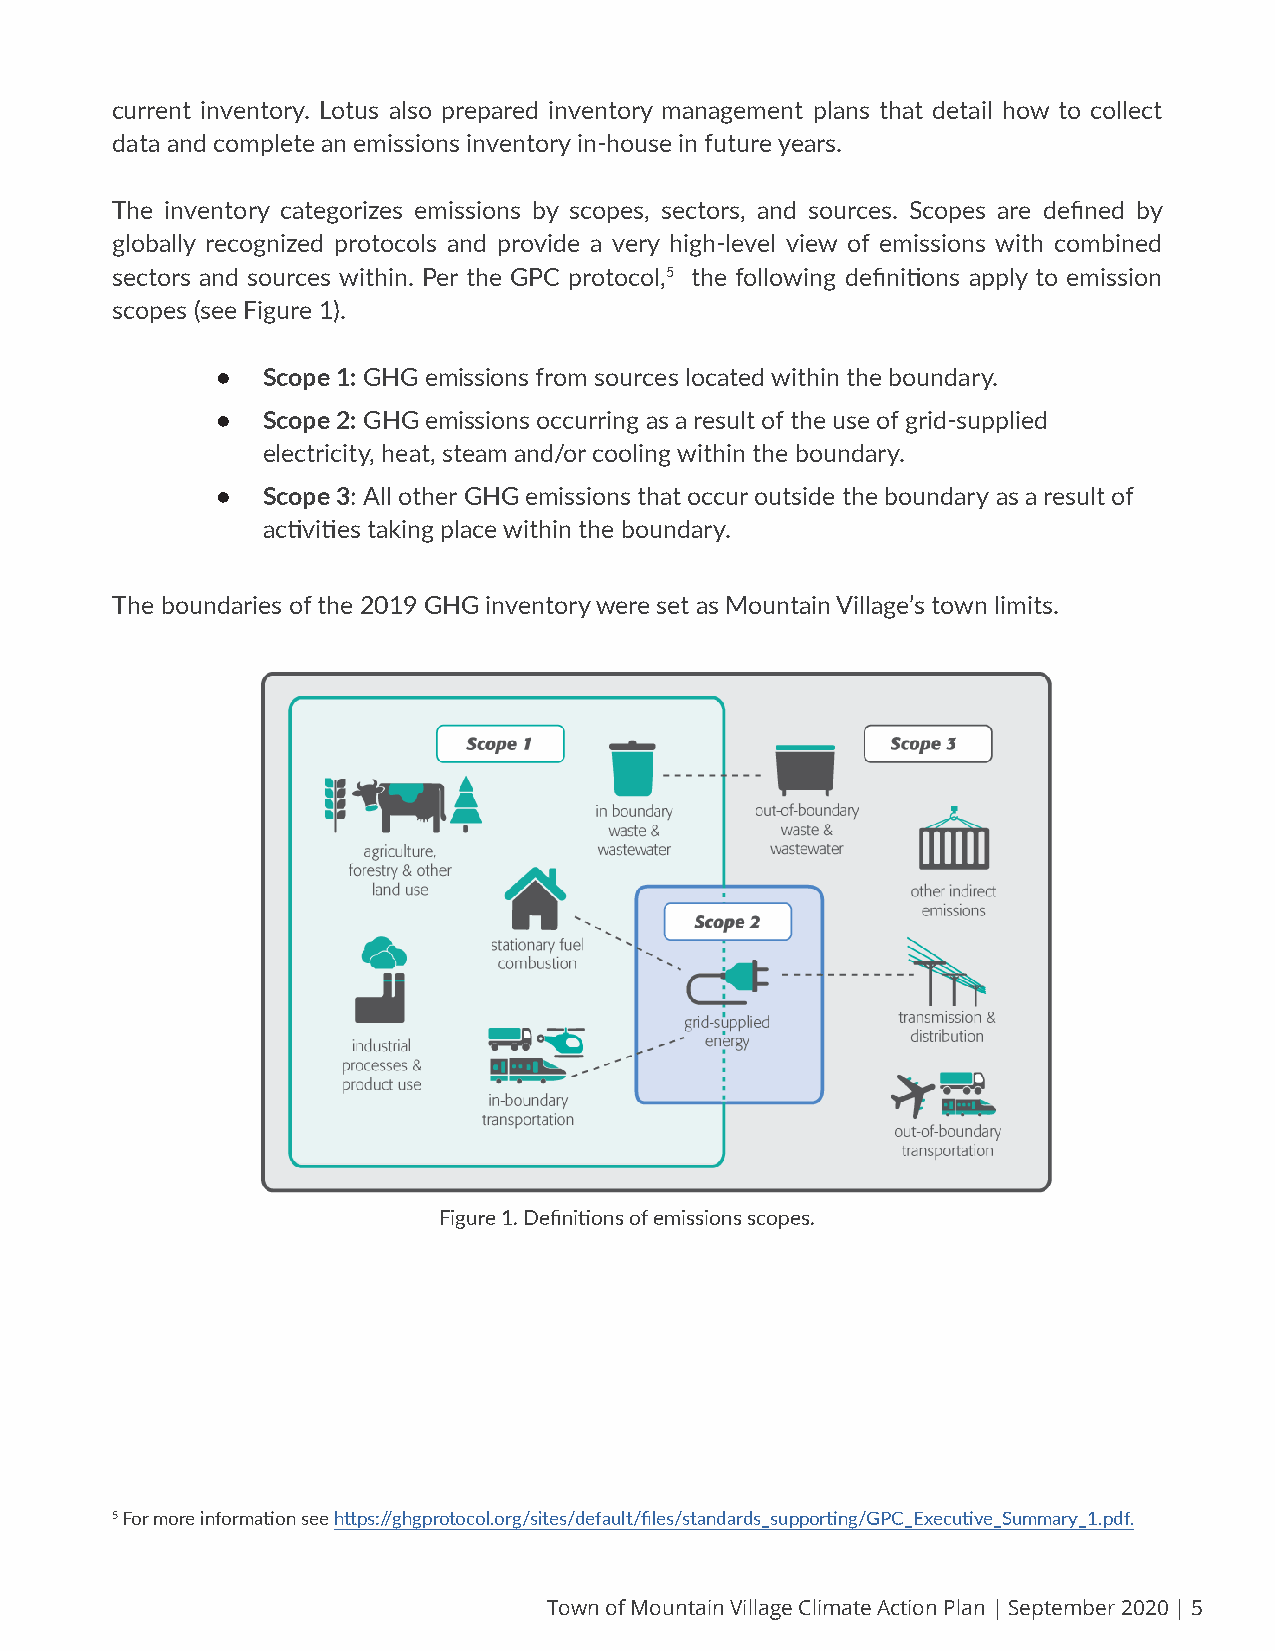
current inventory. Lotus also prepared inventory management plans that detail how to collect
 data and complete an emissions inventory in-house in future years.
 The inventory categorizes emissions by scopes, sectors, and sources. Scopes are defined by
 globally recognized protocols and provide a very high-level view of emissions with combined
 sectors and sources within. Per the GPC protocol,5 the following definitions apply to emission
 scopes (see Figure 1).
 •  Scope 1: GHG emissions from sources located within the boundary.
 •  Scope 2: GHG emissions occurring as a result of the use of grid-supplied
 electricity, heat, steam and/or cooling within the boundary.
 •  Scope 3: All other GHG emissions that occur outside the boundary as a result of
 activities taking place within the boundary.
 The boundaries of the 2019 GHG inventory were set as Mountain Village’s town limits.
 Figure 1. Definitions of emissions scopes.
 5 For more information see https://ghgprotocol.org/sites/default/files/standards_supporting/GPC_Executive_Summary_1.pdf.
 Town of Mountain Village Climate Action Plan | September 2020 | 5